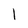
Character: l